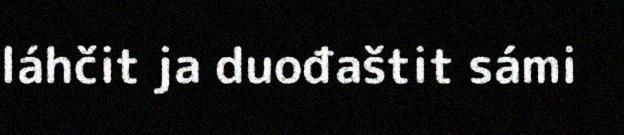
láhčit ja duođaštit sámi